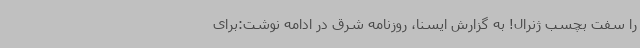
را سفت بچسب ژنرال! به گزارش ایسنا، روزنامه شرق در ادامه نوشت:برای